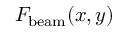
F _ { \mathrm { b e a m } } ( x , y )